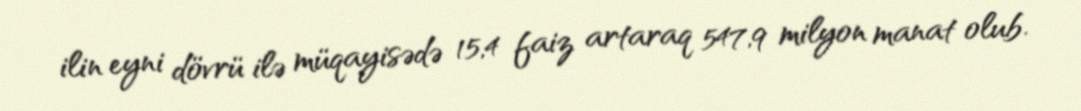
ilin eyni dövrü ilə müqayisədə 15,4 faiz artaraq 547,9 milyon manat olub.